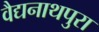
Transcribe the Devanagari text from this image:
वैद्यनाथपुरा